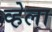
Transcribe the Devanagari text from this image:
व्हेला